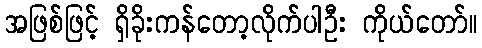
အဖြစ်ဖြင့် ရှိခိုးကန်တော့လိုက်ပါဦး ကိုယ်တော်။